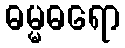
ဓမ္မဓရော